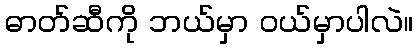
ဓာတ်ဆီကို ဘယ်မှာ ဝယ်မှာပါလဲ။